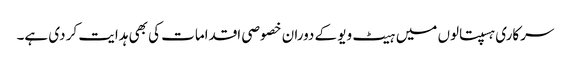
سرکاری ہسپتالوں میں ہیٹ ویو کے دوران خصوصی اقدامات کی بھی ہدایت کر دی ہے۔